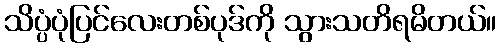
သိပ္ပံပုံပြင်လေးတစ်ပုဒ်ကို သွားသတိရမိတယ်။